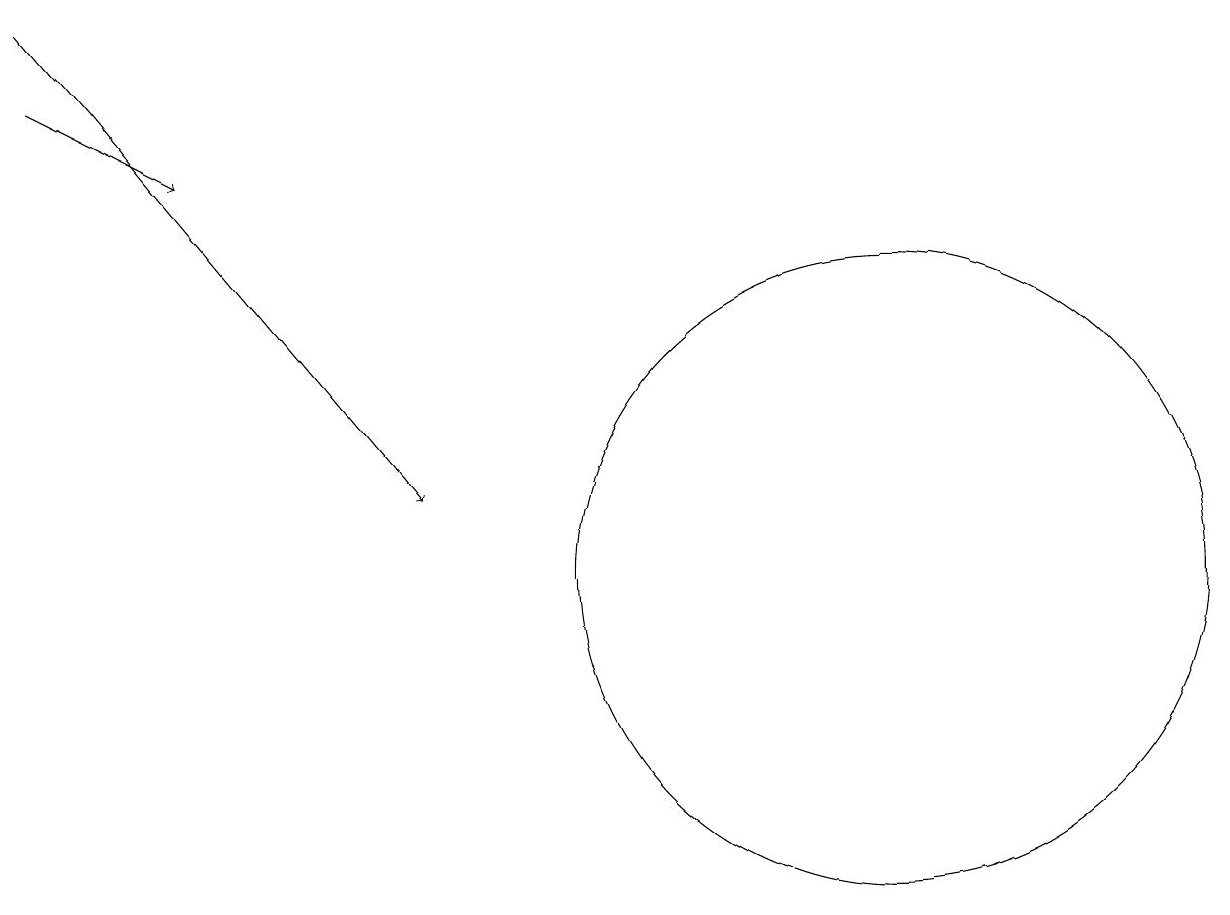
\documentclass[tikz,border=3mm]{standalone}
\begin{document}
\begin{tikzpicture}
\draw[->] (1,16) -- (3,15);
\draw[->] (1,17) -- (6,11);
\draw (12,10) circle (4);
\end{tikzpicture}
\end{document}